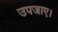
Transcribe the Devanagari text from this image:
उपजाए।